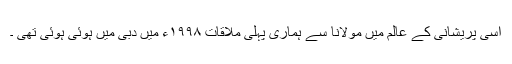
اسی پریشانی کے عالم میں مولانا سے ہماری پہلی ملاقات ۱۹۹۸ء میں دبی میں ہوئی ہوئی تھی ۔